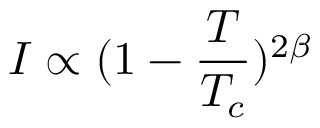
I \propto ( 1 - \frac { T } { T _ { c } } ) ^ { 2 \beta }